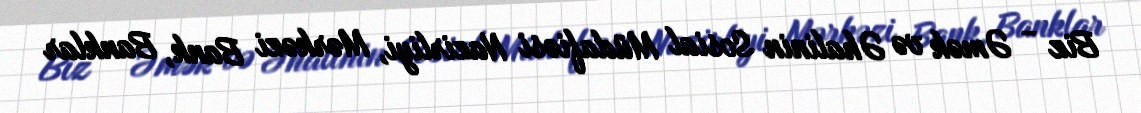
Biz - Əmək və Əhalinin Sosial Müdafiəsi Nazirliyi, Mərkəzi Bank, Banklar